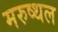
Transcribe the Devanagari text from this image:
मरुष्थल